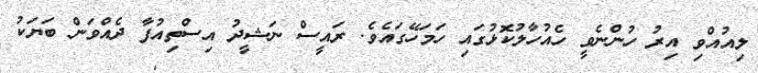
ލިއުއްވި އިރު ހުންނެވީ ހެއުހާލުކޮޅުގައި ހަމަހޭގައެވެ. ރައީސް ނަޝީދު އިސްތިއުފާ ދެއްވަން ބަޔަކު